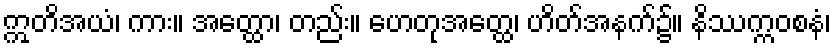
ဣတိအယံ၊ ကား။ အတ္ထော၊ တည်း။ ဟေတုအတ္ထေ၊ ဟိတ်အနက်၌။ နိဿက္ကဝစနံ၊